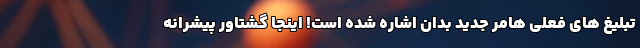
تبلیغ های فعلی هامر جدید بدان اشاره شده است! اینجا گشتاور پیشرانه